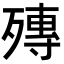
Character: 𣩘